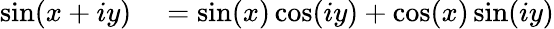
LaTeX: \begin{array}{rl}{\sin(x+iy)}&{{}=\sin(x)\cos(iy)+\cos(x)\sin(iy)}\end{array}